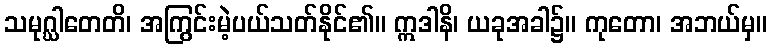
သမုဂ္ဃါတေတိ၊ အကြွင်းမဲ့ပယ်သတ်နိုင်၏။ ဣဒါနိ၊ ယခုအခါ၌။ ကုတော၊ အဘယ်မှ။